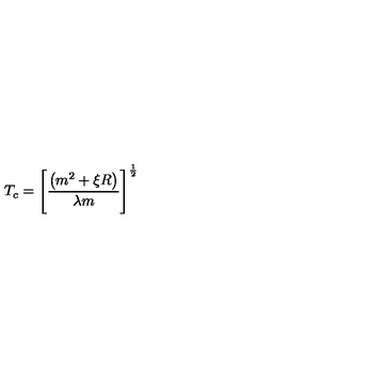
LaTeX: T _ { c } = \left[ \frac { \left( m ^ { 2 } + \xi R \right) } { \lambda m } \right] ^ { \frac 1 2 }